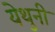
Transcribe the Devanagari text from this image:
येथुनी